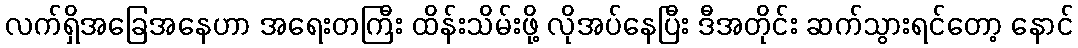
လက်ရှိအခြေအနေဟာ အရေးတကြီး ထိန်းသိမ်းဖို့ လိုအပ်နေပြီး ဒီအတိုင်း ဆက်သွားရင်တော့ နောင်